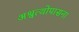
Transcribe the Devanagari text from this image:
अश्वत्थोपासना